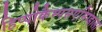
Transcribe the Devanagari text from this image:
हिप्पोकैम्पसएमिग्डाला